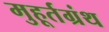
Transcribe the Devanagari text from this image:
मुहूर्तग्रंथ